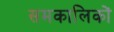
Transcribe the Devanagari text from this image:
समकालिकों